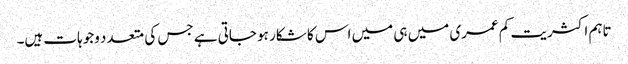
تاہم اکثریت کم عمری میں ہی میں اس کا شکار ہو جاتی ہے جس کی متعدد وجوہات ہیں۔